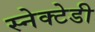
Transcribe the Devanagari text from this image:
स्नेक्टेडी